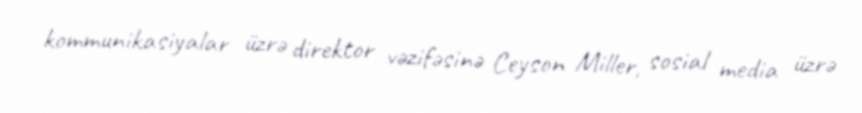
kommunikasiyalar üzrə direktor vəzifəsinə Ceyson Miller, sosial media üzrə